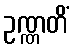
ဥဏ္ဏတိံ